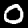
Digit: 0